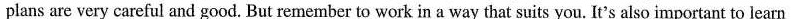
plans are very careful and good. But remember to work in a way that suits you. It's also important to learn